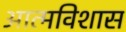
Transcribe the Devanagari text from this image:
आत्मविशास